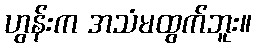
ဟွန်းက အသံမထွက်ဘူး။